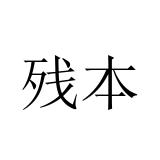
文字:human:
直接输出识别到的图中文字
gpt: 残本